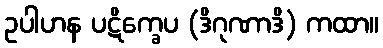
ဥပါဟန ပဋိက္ခေပ (ဒိဂုဏာဒိ) ကထာ။